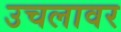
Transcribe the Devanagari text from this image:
उचलावर